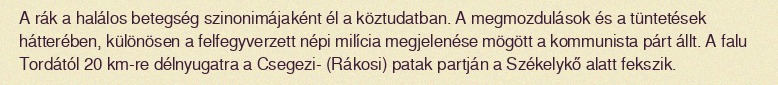
A rák a halálos betegség szinonimájaként él a köztudatban. A megmozdulások és a tüntetések hátterében, különösen a felfegyverzett népi milícia megjelenése mögött a kommunista párt állt. A falu Tordától 20 km-re délnyugatra a Csegezi- (Rákosi) patak partján a Székelykő alatt fekszik.